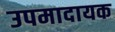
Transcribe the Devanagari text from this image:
उपमादायक